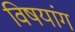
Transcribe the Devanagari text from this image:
विषयांग